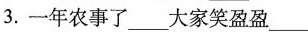
3.一年农事了___大家笑盈盈___